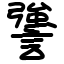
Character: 謽